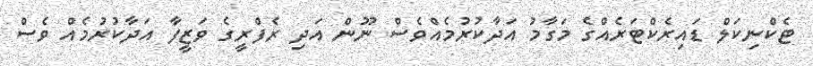
ޓެކްނިކަލް ޑައިރެކްޓަރެއްގެ މަގާމު އަދާކުރުމެއްވެސް ނޫން އަދި ރެފްރީގެ ވަޒީފާ އަދާކުރުމެއް ވެސް